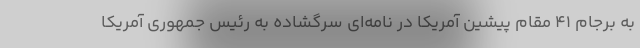
به برجام ۴۱ مقام پیشین آمریکا در نامه‌ای سرگشاده به رئیس جمهوری آمریکا